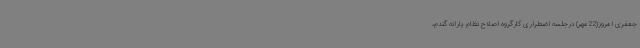
جعفری امروز(22مهر) درجلسه اضطراری کارگروه اصلاح نظام یارانه گندم،